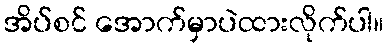
အိပ်စင် အောက်မှာပဲထားလိုက်ပါ။